Document type: Anniversary endowment
Year: 1486
Scribe: Bartomeu Masons
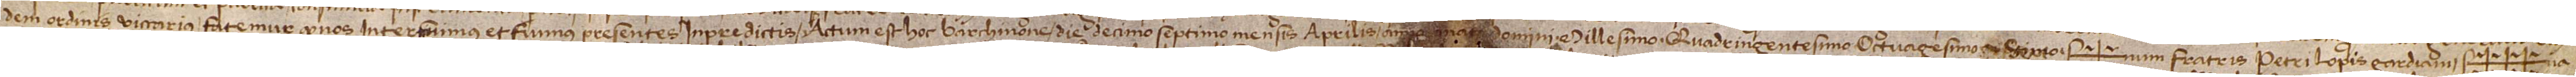
dem ordinis viccarius, fatemur quod nos interfuimus et fuimus presentes in predictis.  Actum est hoc Barchinone die decimo septimo mensis aprilis, anno a Nativitate Domini millesimo quadringentesimo octuagesimo sexto. Sig+num fratris Petri Lopis, gardiani, Sig+++na